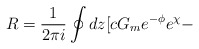
\begin{align*}R=\frac{1}{2\pi i}\oint dz [c G_m e^{-\phi}e^{\chi}-\end{align*}